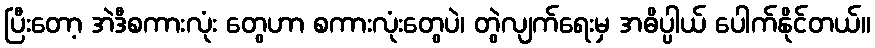
ပြီးတော့ အဲဒီစကားလုံး တွေဟာ စကားလုံးတွေပဲ၊ တွဲလျက်ရေးမှ အဓိပ္ပါယ် ပေါက်နိုင်တယ်။